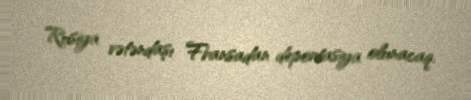
Rusiya vətəndaşı Fransadan deportasiya olunacaq.